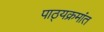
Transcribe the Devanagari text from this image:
पाठ्यक्रमांत